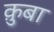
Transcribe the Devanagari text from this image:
क़ुबा